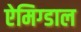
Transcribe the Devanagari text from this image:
ऐमिग्डाल